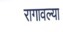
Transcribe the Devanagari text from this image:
रागावल्या